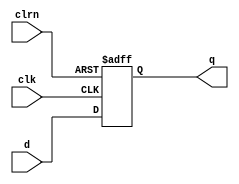
module dff32 (d,clk,clrn,q);               // a 32-bit register
    input      [31:0] d;                   // input d
    input             clk, clrn;           // clock and reset
    output reg [31:0] q;                   // output q
    always @(negedge clrn or posedge clk)  // always statement
        if (!clrn) q <= 0;                 // q = 0 if reset
        else       q <= d;                 // save d
endmodule